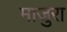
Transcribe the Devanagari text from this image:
माजुरा